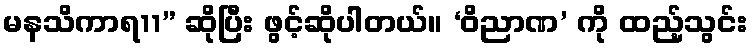
မနသိကာရ11” ဆိုပြီး ဖွင့်ဆိုပါတယ်။ ‘ဝိညာဏ’ ကို ထည့်သွင်း